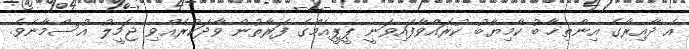
އެ ދާއިރާގެ އިންތިޚާބު ކާމިޔާބު ކުރައްވާފައިވަނީ ޕީޕީއެމްގެ ފަރާތުން ވާދަކުރެއްވި ޖަމީލު އުސްމާނެވެ.